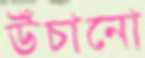
উঁঁচানো